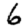
Digit: 6